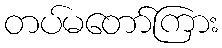
တပ်မတော်ကြား